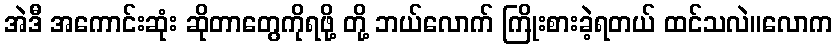
အဲဒီ အကောင်းဆုံး ဆိုတာတွေကိုရဖို့ တို့ ဘယ်လောက် ကြိုးစားခဲ့ရတယ် ထင်သလဲ။လောက